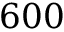
6 0 0